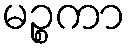
မဉ္စကာ